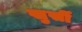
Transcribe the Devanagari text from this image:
खुर्सी